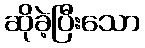
ဆိုခဲ့ပြီးသော